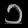
Digit: ၁